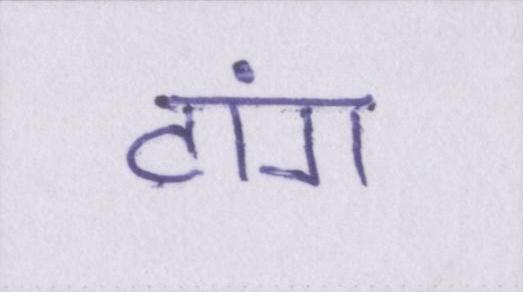
टांग